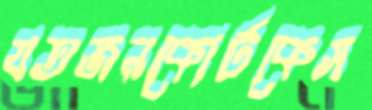
যতজনকোর্টকেস